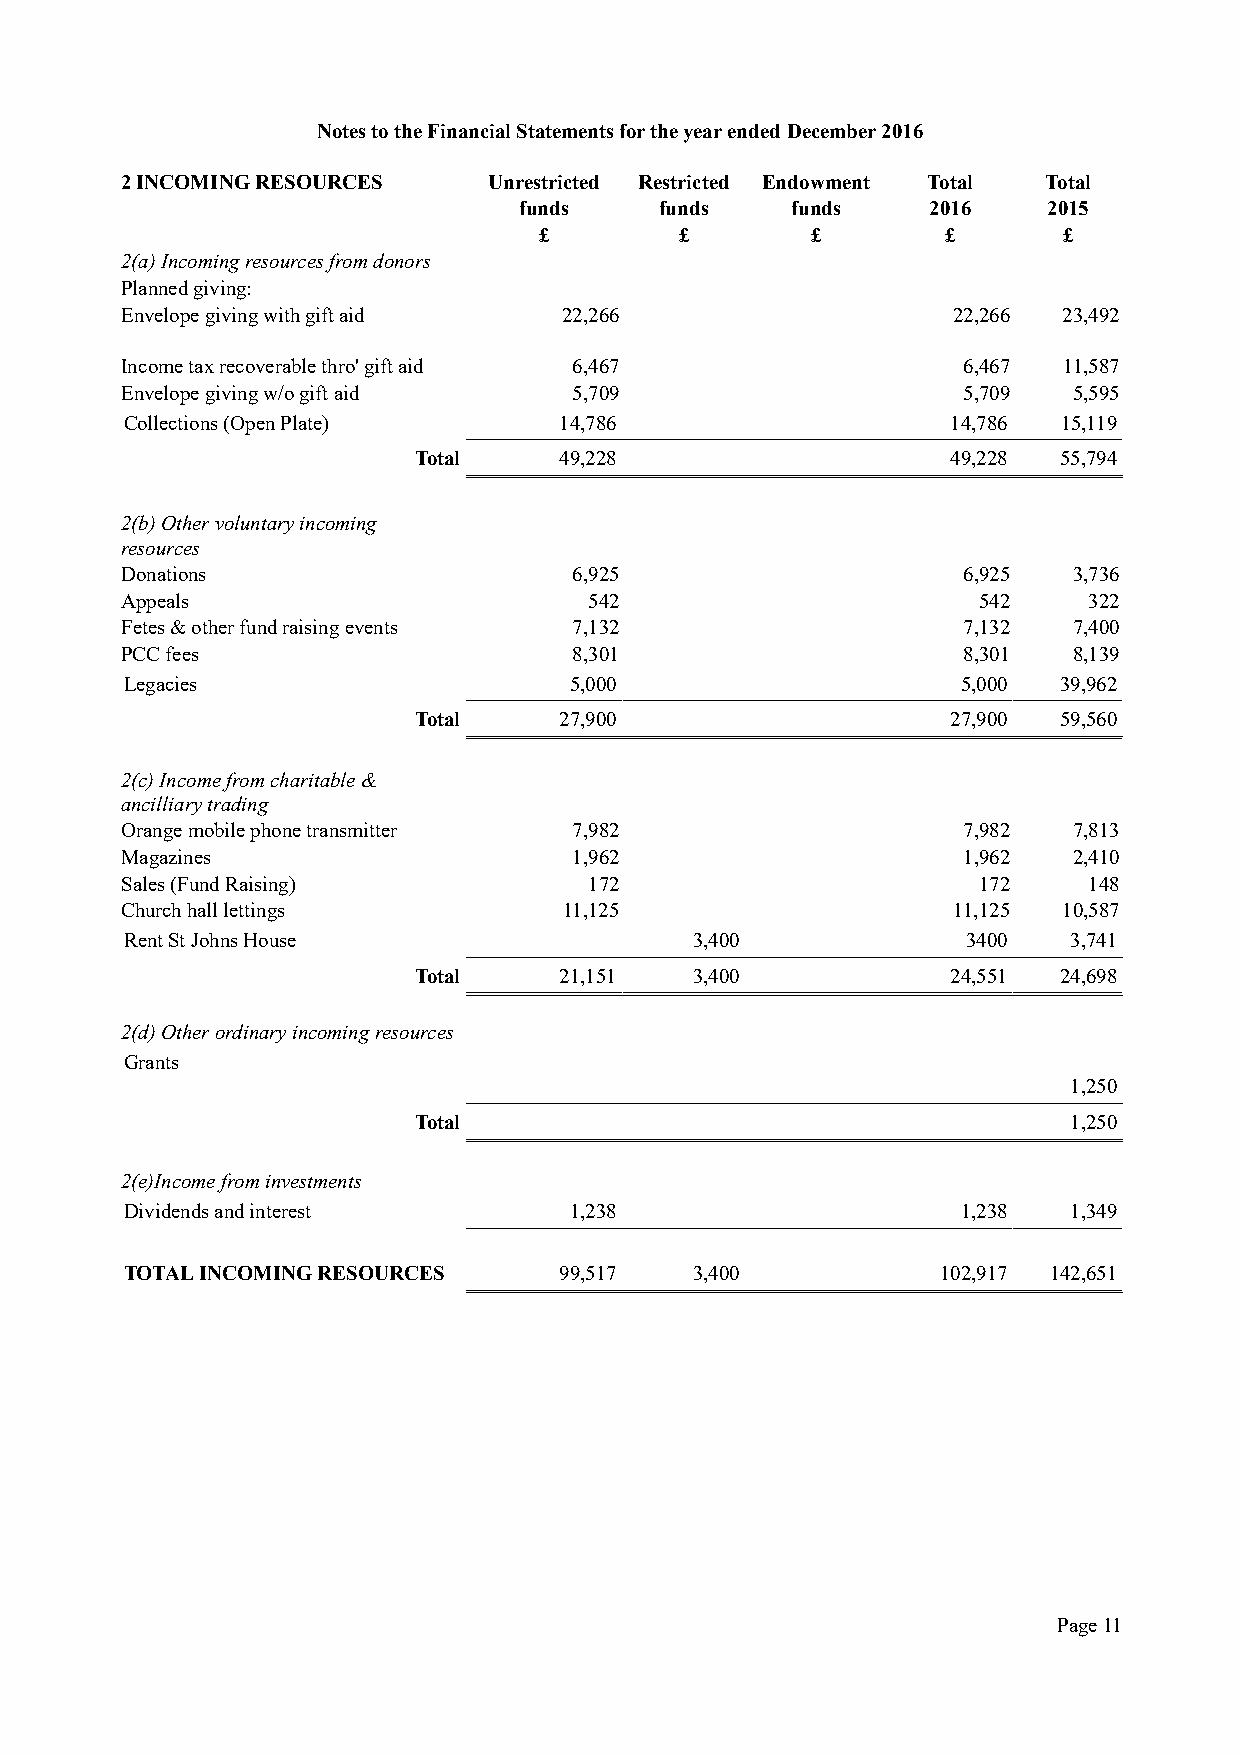
Notes to the Financial Statements for the year ended December 2016
 2 INCOMING RESOURCES    Unrestricted Restricted Endowment Total Total
 funds     funds   funds     2016   2015
 £        £        £        £      £
 2(a) Incoming resources from donors
 Planned giving:
 Envelope giving with gift aid 22,266                   22,266 23,492
 Income tax recoverable thro' gift aid 6,467             6,467 11,587
 Envelope giving w/o gift aid  5,709                     5,709  5,595
 Collections (Open Plate)     14,786                    14,786 15,119
 Total     49,228                    49,228 55,794
 2(b) Other voluntary incoming
 resources
 Donations                     6,925                     6,925  3,736
 Appeals                        542                       542    322
 Fetes & other fund raising events 7,132                 7,132  7,400
 PCC fees                      8,301                     8,301  8,139
 Legacies                      5,000                     5,000 39,962
 Total     27,900                    27,900 59,560
 2(c) Income from charitable &
 ancilliary trading
 Orange mobile phone transmitter 7,982                   7,982  7,813
 Magazines                     1,962                     1,962  2,410
 Sales (Fund Raising)           172                       172    148
 Church hall lettings         11,125                    11,125 10,587
 Rent St Johns House                   3,400             3400   3,741
 Total     21,151   3,400            24,551 24,698
 2(d) Other ordinary incoming resources
 Grants
 1,250
 Total                                       1,250
 2(e)Income from investments
 Dividends and interest        1,238                     1,238  1,349
 TOTAL INCOMING RESOURCES     99,517   3,400           102,917 142,651
 Page 11